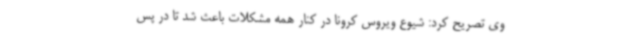
وی تصریح کرد: شیوع ویروس کرونا در کنار همه مشکلات باعث شد تا در پس